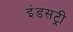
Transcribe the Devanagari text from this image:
इंडसट्री